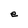
Character: e